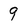
Character: 9